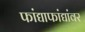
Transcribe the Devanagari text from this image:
फांद्याफांद्यांवर